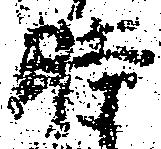
時